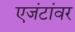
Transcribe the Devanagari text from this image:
एजंटांवर